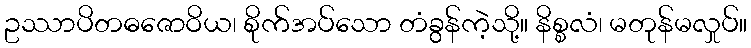
ဥဿာပိတဓဇောဝိယ၊ စိုက်အပ်သော တံခွန်ကဲ့သို့။ နိစ္စလံ၊ မတုန်မလှုပ်။